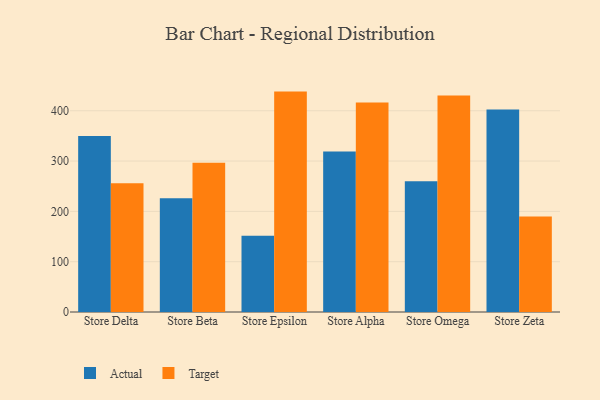
{"axis": {"x": "Store", "y": "Bounce Rate (%)"}, "legend": ["Actual", "Target"], "data": [{"x": "Store Delta", "y": 349.9, "type": "Actual"}, {"x": "Store Delta", "y": 255.9, "type": "Target"}, {"x": "Store Beta", "y": 226.2, "type": "Actual"}, {"x": "Store Beta", "y": 296.4, "type": "Target"}, {"x": "Store Epsilon", "y": 151.4, "type": "Actual"}, {"x": "Store Epsilon", "y": 438.0, "type": "Target"}, {"x": "Store Alpha", "y": 318.8, "type": "Actual"}, {"x": "Store Alpha", "y": 416.2, "type": "Target"}, {"x": "Store Omega", "y": 259.8, "type": "Actual"}, {"x": "Store Omega", "y": 430.3, "type": "Target"}, {"x": "Store Zeta", "y": 402.6, "type": "Actual"}, {"x": "Store Zeta", "y": 189.6, "type": "Target"}]}